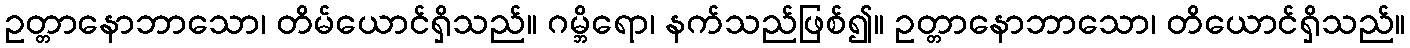
ဥတ္တာနောဘာသော၊ တိမ်ယောင်ရှိသည်။ ဂမ္ဘိရော၊ နက်သည်ဖြစ်၍။ ဥတ္တာနောဘာသော၊ တိယောင်ရှိသည်။